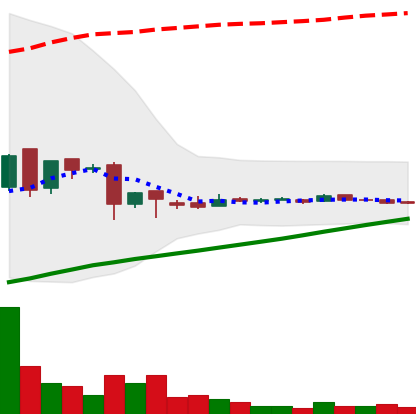
Ticker: LTC-USD
Chart end date: 2016-07-21
Forward return: -3.64%
Label: down_3_5